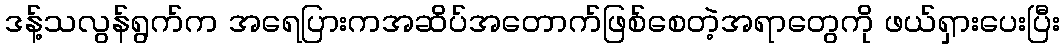
ဒန့်သလွန်ရွက်က အရေပြားကအဆိပ်အတောက်ဖြစ်စေတဲ့အရာတွေကို ဖယ်ရှားပေးပြီး